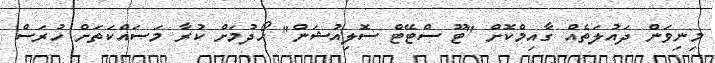
މިނިވަން ދައުލަތެއް ގާއިމްކޮށް "ޓޫ ސްޓޭޓް ސޮލިއުޝަން" ހޯދުމަށް ކުރާ މަސައްކަތަށް ހުރަސް